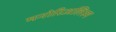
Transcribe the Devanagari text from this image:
मनोरिअलिस्म